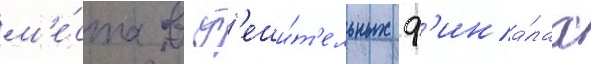
м'е́ста в ут'еши́т'ельных ф'ина́лах